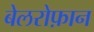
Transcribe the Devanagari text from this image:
बेलरोफ़ान